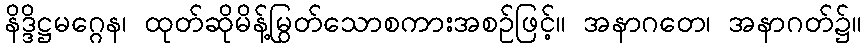
နိဒ္ဒိဋ္ဌမဂ္ဂေန၊ ထုတ်ဆိုမိန့်မြွတ်သောစကားအစဉ်ဖြင့်။ အနာဂတေ၊ အနာဂတ်၌။